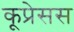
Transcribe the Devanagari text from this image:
कूप्रेसस